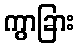
ကွာခြား